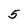
Character: 5